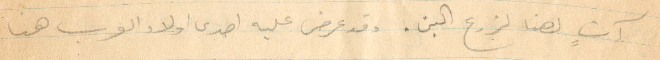
آت هنا لزرع البن. وقد عرض عليه احدى أولاد العرب كان